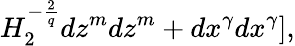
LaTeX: H_{2}^{-\frac{2}{q}}dz^{m}dz^{m}+dx^{\gamma}dx^{\gamma}],